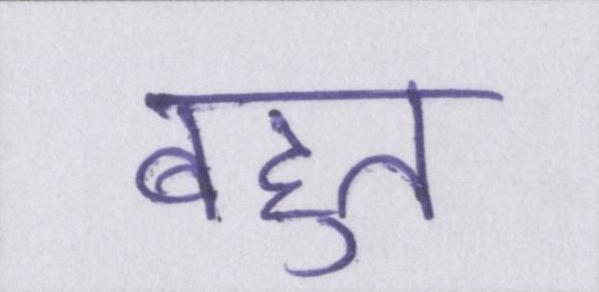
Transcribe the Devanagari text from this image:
बहुत